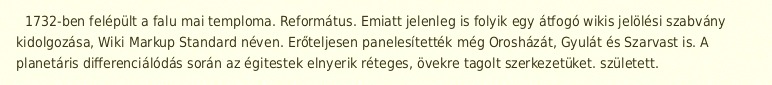
1732-ben felépült a falu mai temploma. Református. Emiatt jelenleg is folyik egy átfogó wikis jelölési szabvány kidolgozása, Wiki Markup Standard néven. Erőteljesen panelesítették még Orosházát, Gyulát és Szarvast is. A planetáris differenciálódás során az égitestek elnyerik réteges, övekre tagolt szerkezetüket. született.